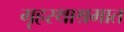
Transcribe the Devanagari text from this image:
गृहस्थाश्रमात